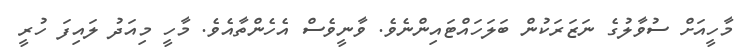
މާހީއަށް ސުވާލުގެ ނަޒަރަކުން ބަލަހައްޓައިންނެވެ. ވާނީވެސް އެހެންތާއެވެ. މާހީ މިއަދު ލައިފަ ހުރީ